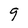
Character: 9